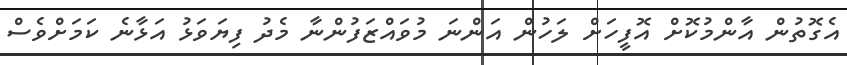
އެގޮތުން އާންމުކޮށް އޮފީހަށް ލަހުން އަންނަ މުވައްޒަފުންނާ މެދު ފިޔަވަޅު އަޅާނެ ކަމަށްވެސް